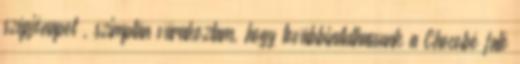
szépjónapot , szimplán várakoztam, hogy továbbindulhassunk a Chocobó faló